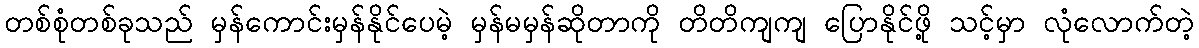
တစ်စုံတစ်ခုသည် မှန်ကောင်းမှန်နိုင်ပေမဲ့ မှန်မမှန်ဆိုတာကို တိတိကျကျ ပြောနိုင်ဖို့ သင့်မှာ လုံလောက်တဲ့